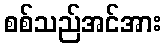
စစ်သည်အင်အား